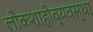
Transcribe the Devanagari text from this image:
लोकशाहीव्यवस्था